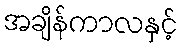
အချိန်ကာလနှင့်